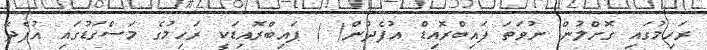
ރަހިމުގައި ގޮށްލުން ނުވަތަ ފައިބްރޮއިޑް އުފެދުން( ) ފައިބްރޮއިޑަކީ ރަހިމުގެ މަސްގަޑުގައި އުފެދޭ